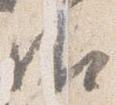
御